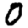
Digit: 0